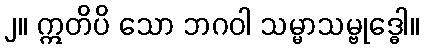
၂။ ဣတိပိ သော ဘဂဝါ သမ္မာသမ္ဗုဒ္ဓေါ။